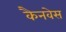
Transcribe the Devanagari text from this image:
कैनवेस